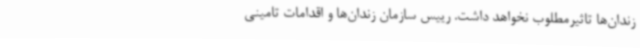
زندان‌ها تاثیرمطلوب نخواهد داشت. رییس سازمان زندان‌ها و اقدامات تامینی